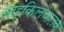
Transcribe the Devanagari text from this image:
साइकिलचालक